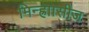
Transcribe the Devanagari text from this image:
मिन्ह्राासीज